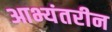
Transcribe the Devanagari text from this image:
आभ्यंतरीन